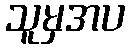
သူမှအပ